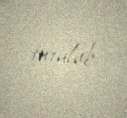
tutulub.